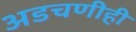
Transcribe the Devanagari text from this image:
अडचणीही